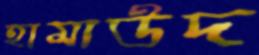
হামাউদ